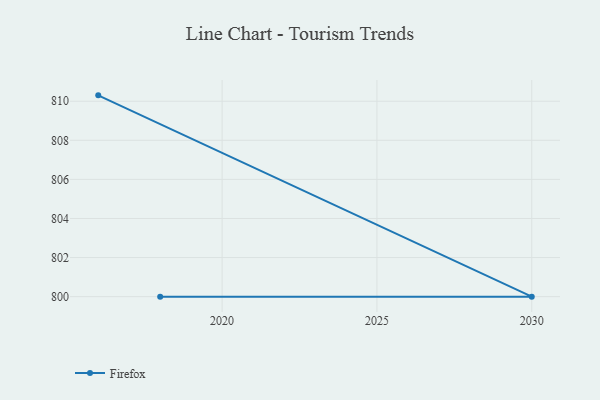
{"axis": {"x": "Year", "y": "Headcount"}, "legend": ["Firefox"], "data": [{"x": "2016", "y": 810.3, "type": "Firefox"}, {"x": "2030", "y": 800, "type": "Firefox"}, {"x": "2018", "y": 800, "type": "Firefox"}]}